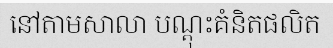
នៅតាមសាលា បណ្តុះគំនិតផលិត